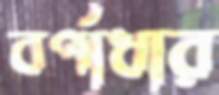
বর্ণাধার